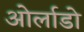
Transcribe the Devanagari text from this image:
ओर्लाडो